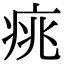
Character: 𤶃